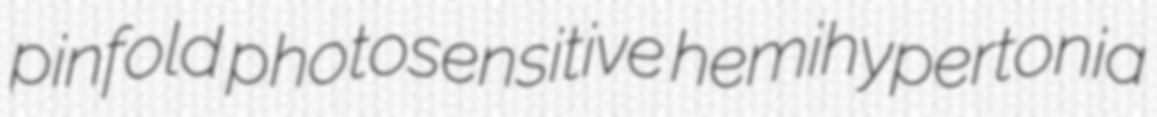
pinfold photosensitive hemihypertonia